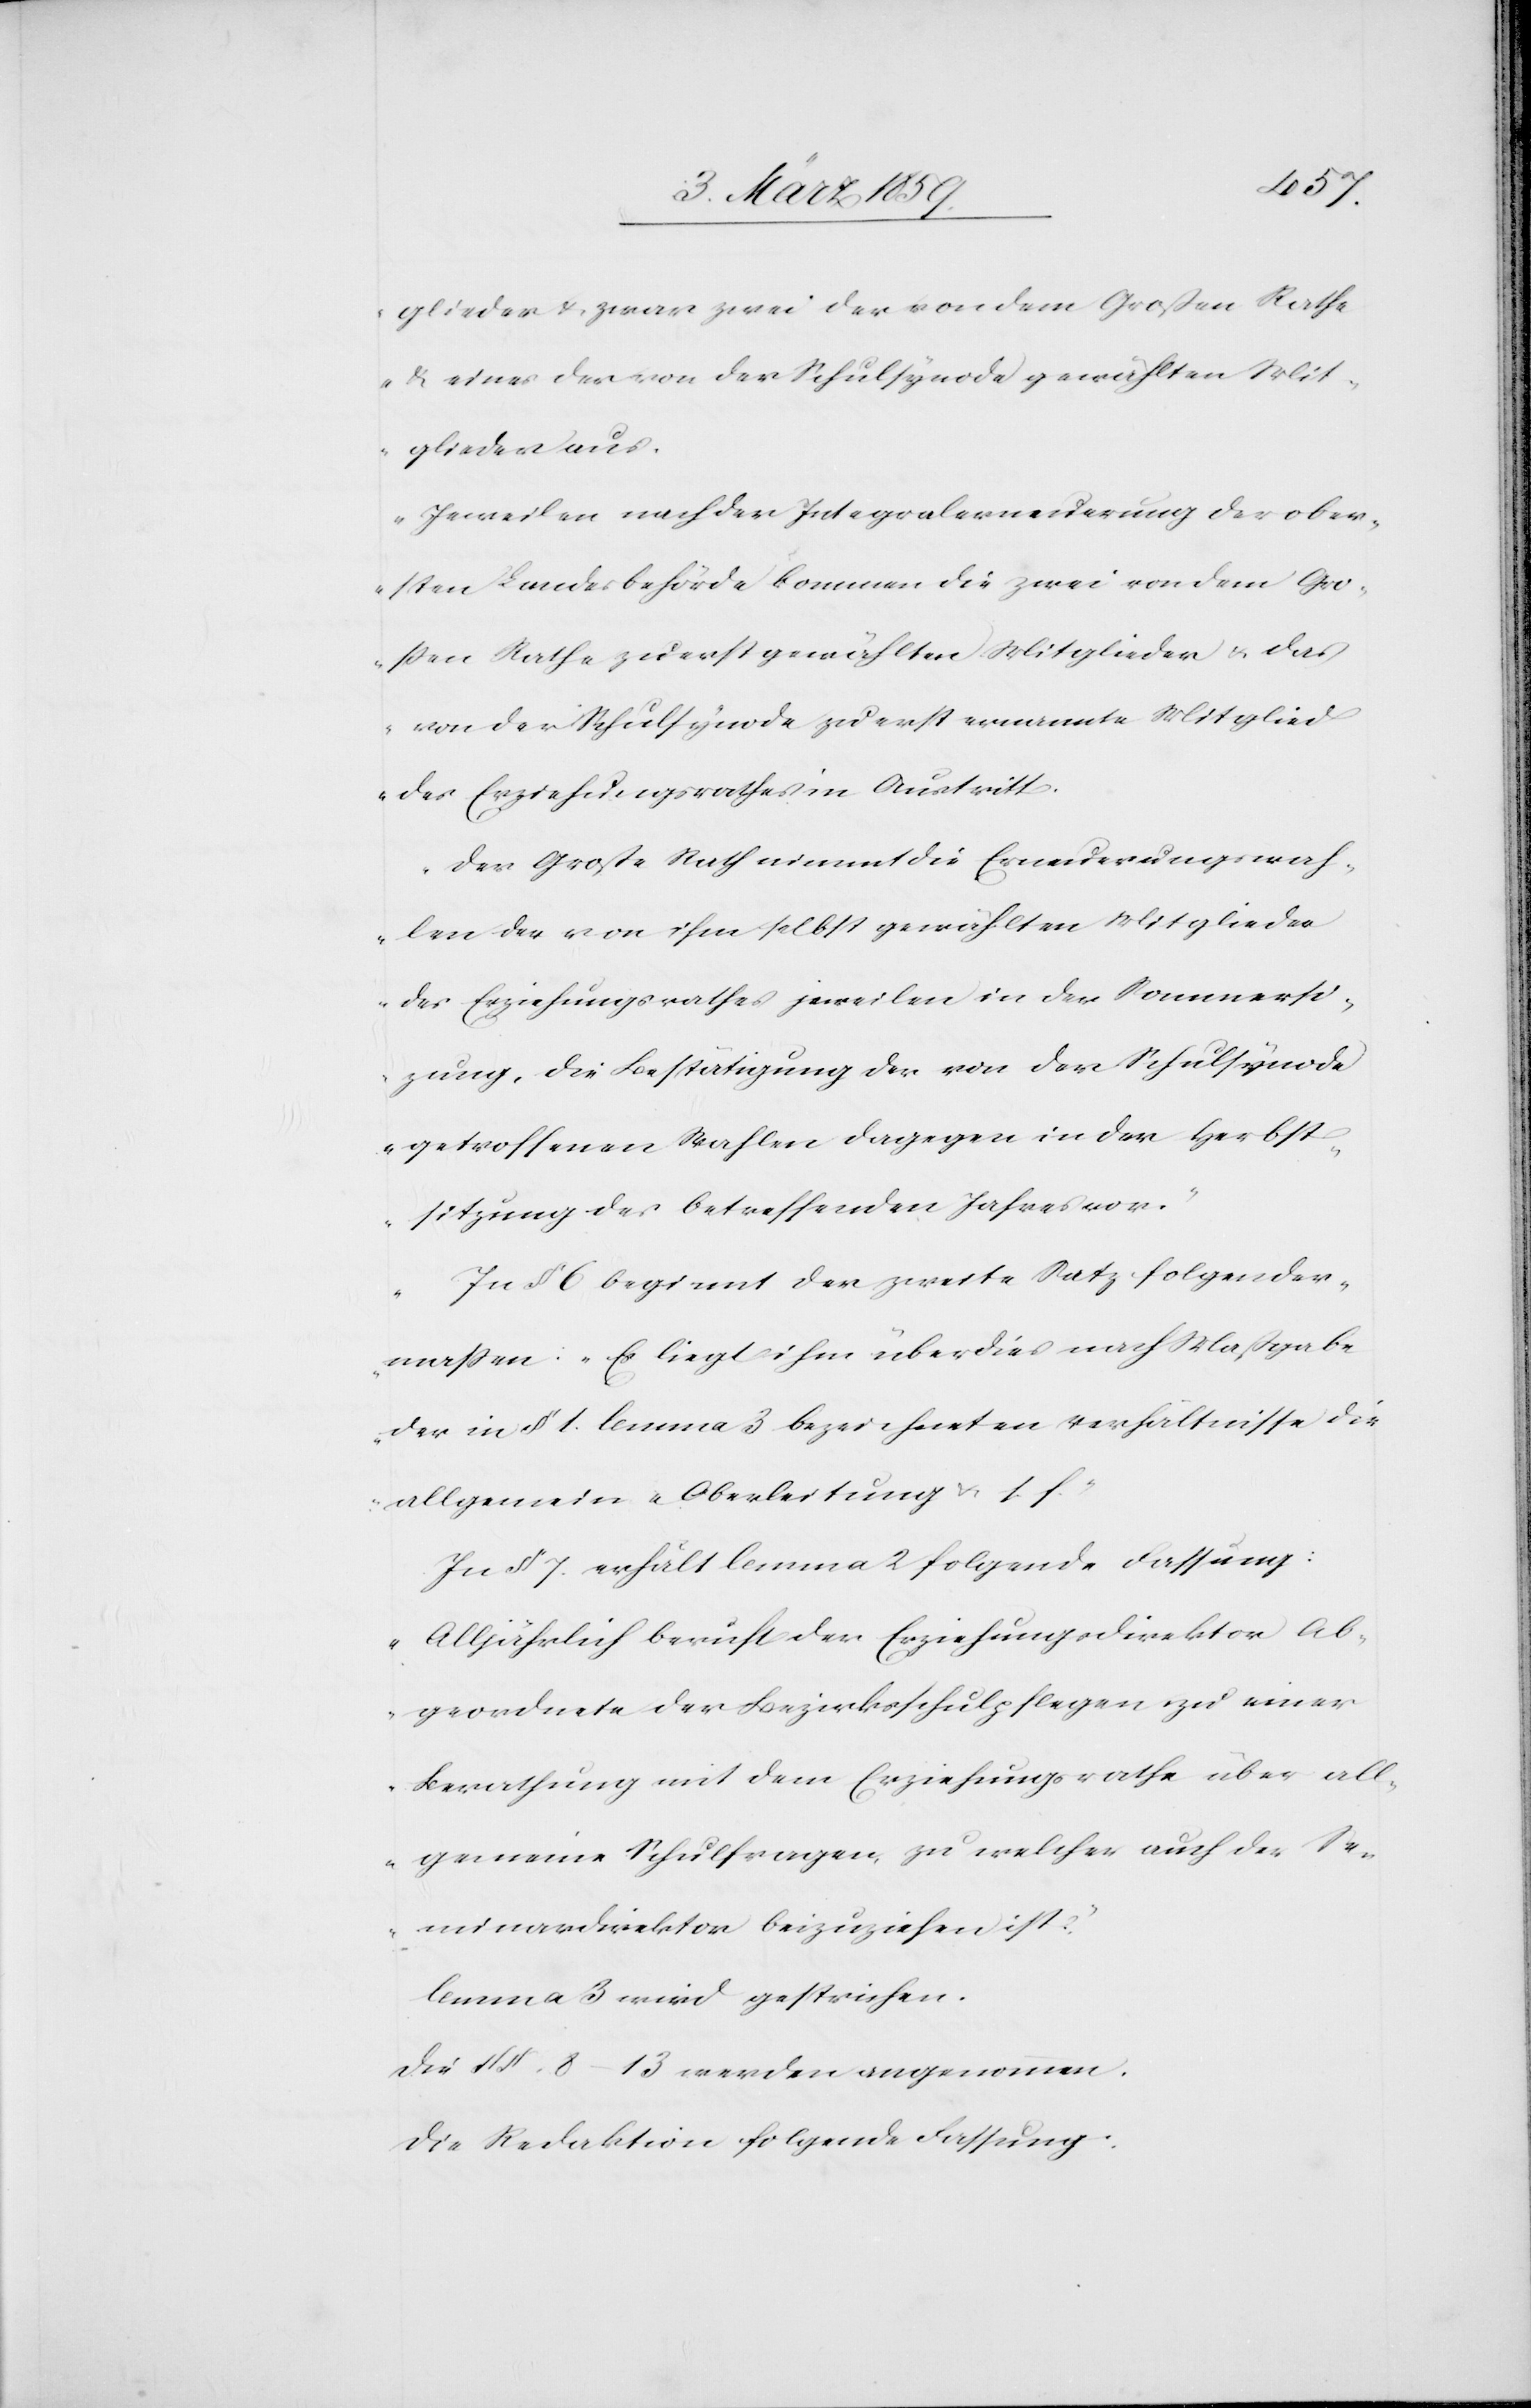
glieder & zwar zwei der von dem Großen Rathe
& eines der von der Schulsynode gewählten Mit¬
glieder aus.
Jeweilen nach der Intergralerneuerung der ober¬
sten Landesbehörde kommen die zwei von dem Gro¬
ßen Rathe zuerst gewählten Mitglieder u. das
von der Schulsynode zuerst ernannte Mitglied
des Erziehungsrathes in Austritt.
Der Große Rath nimmt die Erneuerungswah¬
len der von ihm selbst gewählten Mitglieder
des Erziehungsrathes jeweilen in der Sommersi¬
tzung, die Bestätigung der von der Schulsynode
getroffenen Wahlen dagegen in der Herbst¬
sitzung des betreffenden Jahres vor.“
„In § 6 beginnt der zweite Satz folgender¬
maßen: „Es liegt ihm überdies nach Maßgabe
der in § 1. lemma 3 bezeichneten Verhältnisse die
allgemeine Oberleitung u. s. f.“
In § 7. erhält lemma 2 folgende Fassung:
„Alljährlich beruft der Erziehungsdirektor Ab¬
geordnete der Bezirksschulpflegen zu einer
Berathung mit dem Erziehungsrathe über all¬
gemeine Schulfragen, zu welcher auch der Se¬
minardirektor beizuziehen ist.“
lemma 3 wird gestrichen.
Die § §. 8–13 werden angenommen.
Die Redaktion folgende Fassung: